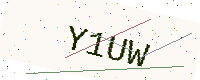
Text: Y1UW